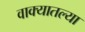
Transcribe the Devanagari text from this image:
वाक्यातल्या